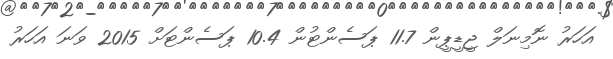
އަހަރު ނޮމިނަލް ޖީޑީޕީން 11.7 ޕަސެންޓުން 10.4 ޕަސެންޓަށް 2015 ވަނަ އަހަރު